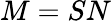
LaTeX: M=SN